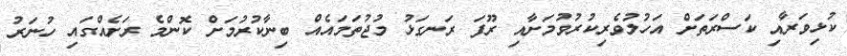
ކުޅިވަރާއި ކަސްރަތަށް އަހުލުވެރިކުރުވުމަށާއި ރޫފަ ރަނގަޅު މުޖުތަމައެއް ބިނާކުރުމަށް ކޮންމެ ރަށެއްގައި ހުނަރު